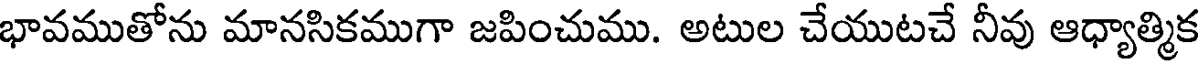
భావముతోను మానసికముగా జపించుము. అటుల చేయుటచే నీవు ఆధ్యాత్మిక